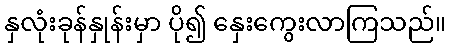
နှလုံးခုန်နှုန်းမှာ ပို၍ နှေးကွေးလာကြသည်။